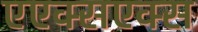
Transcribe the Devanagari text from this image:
एएक्सएक्स